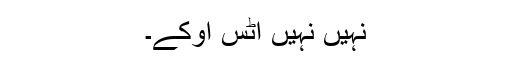
نہیں نہیں اٹس اوکے۔